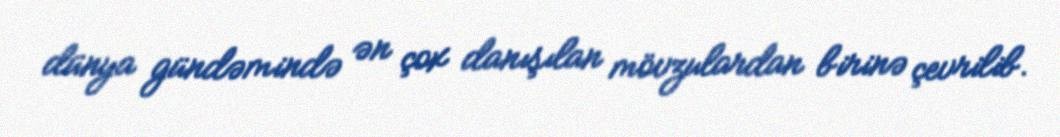
dünya gündəmində ən çox danışılan mövzulardan birinə çevrilib.